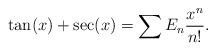
LaTeX: \begin{align*}\tan(x)+\sec(x)=\sum E_n \frac {x^n}{n!}.\end{align*}